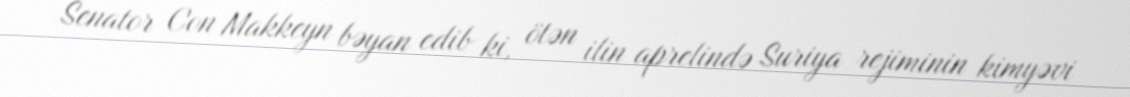
Senator Con Makkeyn bəyan edib ki, ötən ilin aprelində Suriya rejiminin kimyəvi